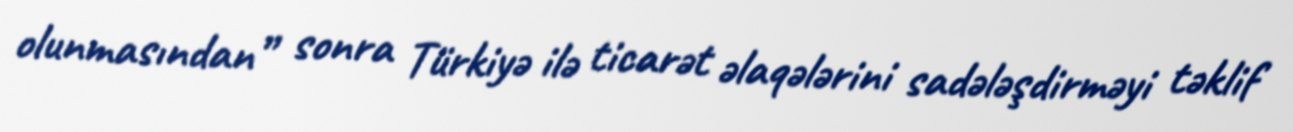
olunmasından” sonra Türkiyə ilə ticarət əlaqələrini sadələşdirməyi təklif